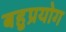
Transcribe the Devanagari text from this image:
बहुप्रयोग